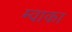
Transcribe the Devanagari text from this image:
म्वाका